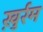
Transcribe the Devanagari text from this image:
ख़ुर्रम